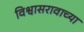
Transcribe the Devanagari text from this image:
विश्वासरावाच्या